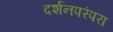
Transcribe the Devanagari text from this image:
दर्शनपरंपरा